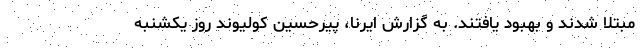
مبتلا شدند و بهبود یافتند. به گزارش ایرنا، پیرحسین کولیوند روز یکشنبه